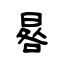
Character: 晷